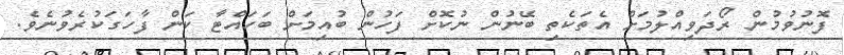
ފޮނުވުމުން ރޯދަވިއްލުމަށް އެތަކެތި ބޭނުން ނުކޮށް ފަހުން ބުއިމަށް ބަހައްޓާ ކަން ފާހަގަކުރެވުނެވެ.